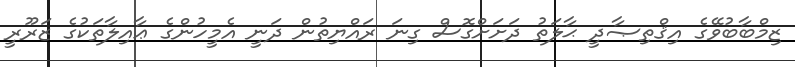
ޒިމްބާބުވޭގެ އިޤްތިޞާދީ ޙާލަތު ދަށަށްގޮސް ގިނަ ރައްޔިތުން ދަނީ އެމީހުންގެ ޢާއިލާތަކުގެ ޒަރޫރީ